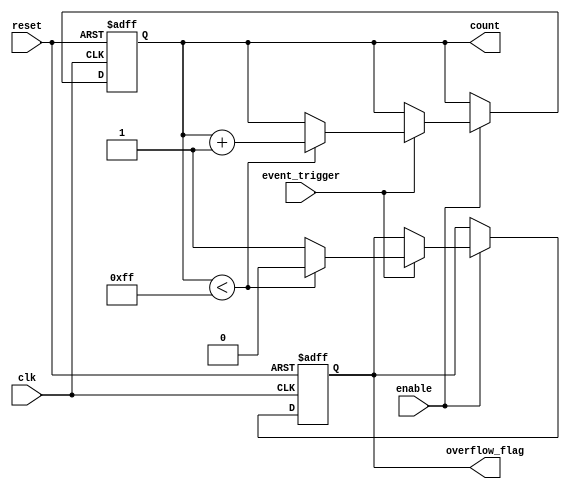
module EventTriggeredCounter #(
    parameter COUNT_WIDTH = 8  // Parameter to define the width of the counter
)(
    input wire clk,                // Clock input
    input wire reset,              // Asynchronous reset input
    input wire event_trigger,      // Event trigger signal
    input wire enable,             // Counter enable signal
    output reg [COUNT_WIDTH-1:0] count, // Current count value
    output reg overflow_flag       // Overflow flag
);

    // Initial conditions
    initial begin
        count = 0;                 // Initialize count to 0
        overflow_flag = 0;        // Initialize overflow flag to 0
    end

    // Synchronous reset and counting logic
    always @(posedge clk or posedge reset) begin
        if (reset) begin
            count <= 0;            // Reset count to 0
            overflow_flag <= 0;    // Clear overflow flag
        end else if (enable) begin
            if (event_trigger) begin
                if (count < (2**COUNT_WIDTH - 1)) begin
                    count <= count + 1;  // Increment the count
                    overflow_flag <= 0;   // Clear overflow flag
                end else begin
                    overflow_flag <= 1;   // Set overflow flag if max count is reached
                end
            end
        end
    end

endmodule